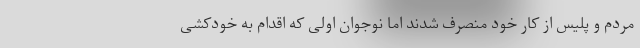
مردم و پلیس از کار خود منصرف شدند اما نوجوان اولی که اقدام به خودکشی